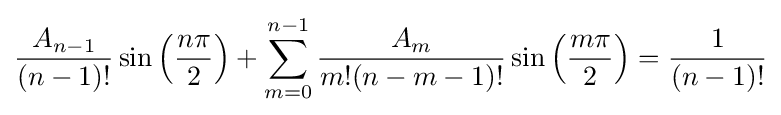
{\frac {A_{n-1}}{(n-1)!}}\sin {\left({\frac {n\pi }{2}}\right)}+\sum _{m=0}^{n-1}{\frac {A_{m}}{m!(n-m-1)!}}\sin {\left({\frac {m\pi }{2}}\right)}={\frac {1}{(n-1)!}}